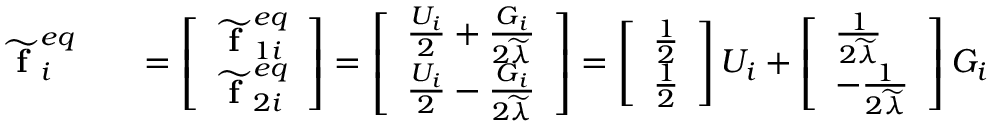
\begin{array} { r l r } { \widetilde { \textbf { f } } _ { i } ^ { e q } } & { } & { = \left[ \begin{array} { l } { \widetilde { \textbf { f } } _ { 1 i } ^ { e q } } \\ { \widetilde { \textbf { f } } _ { 2 i } ^ { e q } } \end{array} \right] = \left[ \begin{array} { l } { \frac { U _ { i } } { 2 } + \frac { G _ { i } } { 2 \widetilde { \lambda } } } \\ { \frac { U _ { i } } { 2 } - \frac { G _ { i } } { 2 \widetilde { \lambda } } } \end{array} \right] = \left[ \begin{array} { l } { \frac { 1 } { 2 } } \\ { \frac { 1 } { 2 } } \end{array} \right] U _ { i } + \left[ \begin{array} { l } { \frac { 1 } { 2 \widetilde { \lambda } } } \\ { - \frac { 1 } { 2 \widetilde { \lambda } } } \end{array} \right] G _ { i } } \end{array}